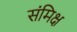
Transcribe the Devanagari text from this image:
संमिक्ष